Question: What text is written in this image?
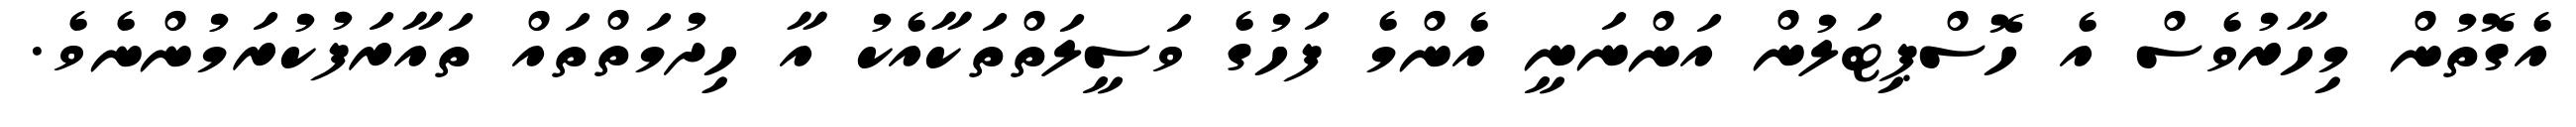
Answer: އެގޮތުން މިހާރުވެސް އެ ހޮސްޕިޓަލުން އަންނަނީ އެންމެ ފަހުގެ ވަސީލަތްތަކާއެކު އާ ހިދުމަތްތައް ތައާރަފުކުރަމުންނެވެ.